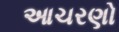
આચરણો